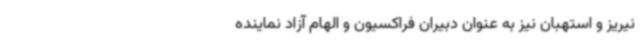
نیریز و استهبان نیز به عنوان دبیران فراکسیون و الهام آزاد نماینده